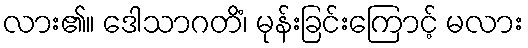
လား၏။ ဒေါသာဂတိံ၊ မုန်းခြင်းကြောင့် မလား